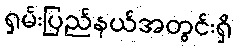
ရှမ်းပြည်နယ်အတွင်းရှိ